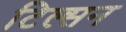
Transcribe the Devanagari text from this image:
टिल्सन